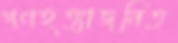
গণহত্যাজনিত